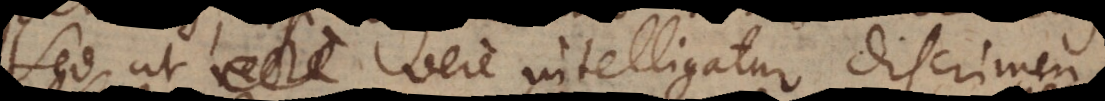
Sed ut vere intelligatur discrimen